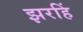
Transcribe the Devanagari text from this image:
झरहिं